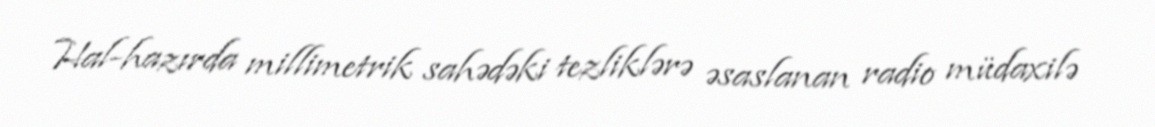
Hal-hazırda millimetrik sahədəki tezliklərə əsaslanan radio müdaxilə